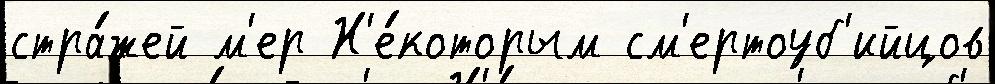
стра́жей м'ер Н'е́которым см'ертоуб'ийцов